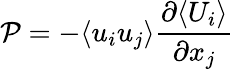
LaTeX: \mathcal{P}=-\langle u_{i}u_{j}\rangle\frac{\partial\langle U_{i}\rangle}{\partial x_{j}}